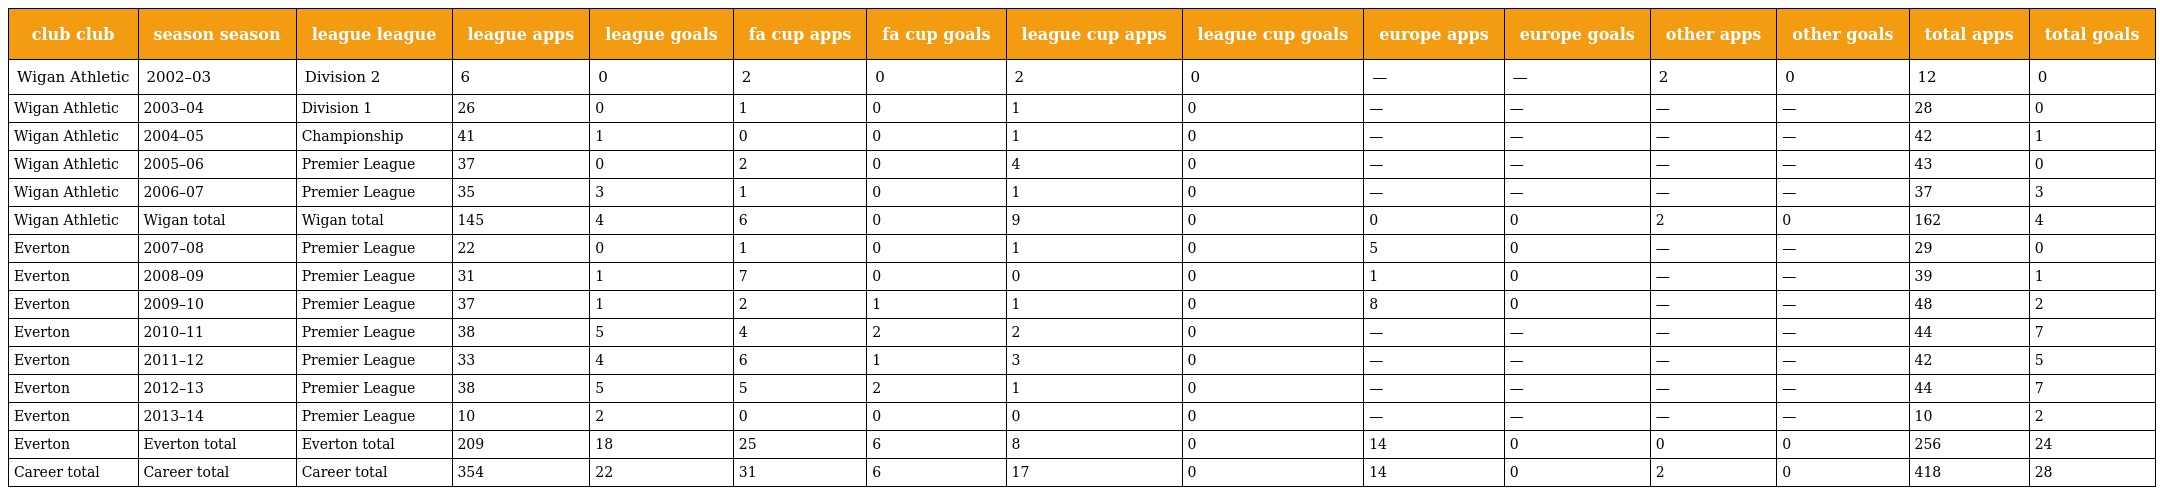
| club club | season season | league league | league apps | league goals | fa cup apps | fa cup goals | league cup apps | league cup goals | europe apps | europe goals | other apps | other goals | total apps | total goals |
 | --- | --- | --- | --- | --- | --- | --- | --- | --- | --- | --- | --- | --- | --- | --- |
 | Wigan Athletic | 2002–03 | Division 2 | 6 | 0 | 2 | 0 | 2 | 0 | — | — | 2 | 0 | 12 | 0 |
 | Wigan Athletic | 2003–04 | Division 1 | 26 | 0 | 1 | 0 | 1 | 0 | — | — | — | — | 28 | 0 |
 | Wigan Athletic | 2004–05 | Championship | 41 | 1 | 0 | 0 | 1 | 0 | — | — | — | — | 42 | 1 |
 | Wigan Athletic | 2005–06 | Premier League | 37 | 0 | 2 | 0 | 4 | 0 | — | — | — | — | 43 | 0 |
 | Wigan Athletic | 2006–07 | Premier League | 35 | 3 | 1 | 0 | 1 | 0 | — | — | — | — | 37 | 3 |
 | Wigan Athletic | Wigan total | Wigan total | 145 | 4 | 6 | 0 | 9 | 0 | 0 | 0 | 2 | 0 | 162 | 4 |
 | Everton | 2007–08 | Premier League | 22 | 0 | 1 | 0 | 1 | 0 | 5 | 0 | — | — | 29 | 0 |
 | Everton | 2008–09 | Premier League | 31 | 1 | 7 | 0 | 0 | 0 | 1 | 0 | — | — | 39 | 1 |
 | Everton | 2009–10 | Premier League | 37 | 1 | 2 | 1 | 1 | 0 | 8 | 0 | — | — | 48 | 2 |
 | Everton | 2010–11 | Premier League | 38 | 5 | 4 | 2 | 2 | 0 | — | — | — | — | 44 | 7 |
 | Everton | 2011–12 | Premier League | 33 | 4 | 6 | 1 | 3 | 0 | — | — | — | — | 42 | 5 |
 | Everton | 2012–13 | Premier League | 38 | 5 | 5 | 2 | 1 | 0 | — | — | — | — | 44 | 7 |
 | Everton | 2013–14 | Premier League | 10 | 2 | 0 | 0 | 0 | 0 | — | — | — | — | 10 | 2 |
 | Everton | Everton total | Everton total | 209 | 18 | 25 | 6 | 8 | 0 | 14 | 0 | 0 | 0 | 256 | 24 |
 | Career total | Career total | Career total | 354 | 22 | 31 | 6 | 17 | 0 | 14 | 0 | 2 | 0 | 418 | 28 |